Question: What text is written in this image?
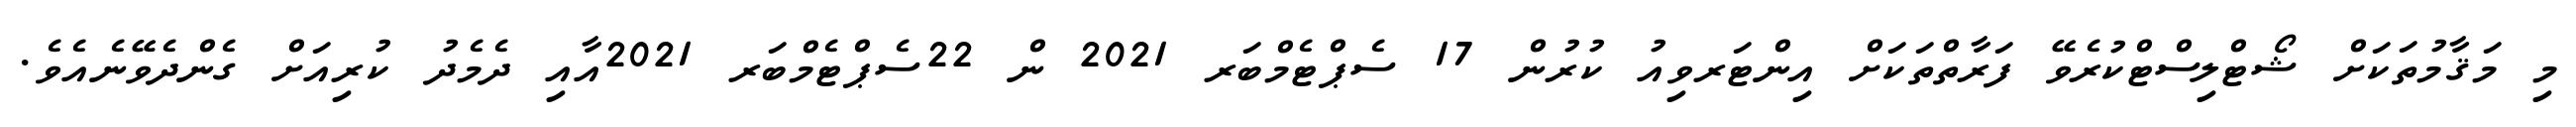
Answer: މި މަޤާމުތަކަށް ޝޯޓްލިސްޓްކުރެވޭ ފަރާތްތަކަށް އިންޓަރވިއު ކުރުން 17 ސެޕްޓެމްބަރ 2021 ން 22ސެޕްޓެމްބަރ 2021އާއި ދެމެދު ކުރިއަށް ގެންދެވޭނެއެވެ.